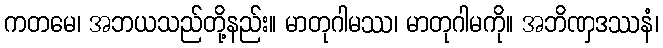
ကတမေ၊ အဘယသည်တို့နည်း။ မာတုဂါမဿ၊ မာတုဂါမကို။ အဘိဏှဒဿနံ၊